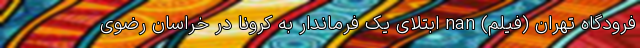
فرودگاه تهران (فیلم) nan ابتلای یک فرماندار به کرونا در خراسان رضوی